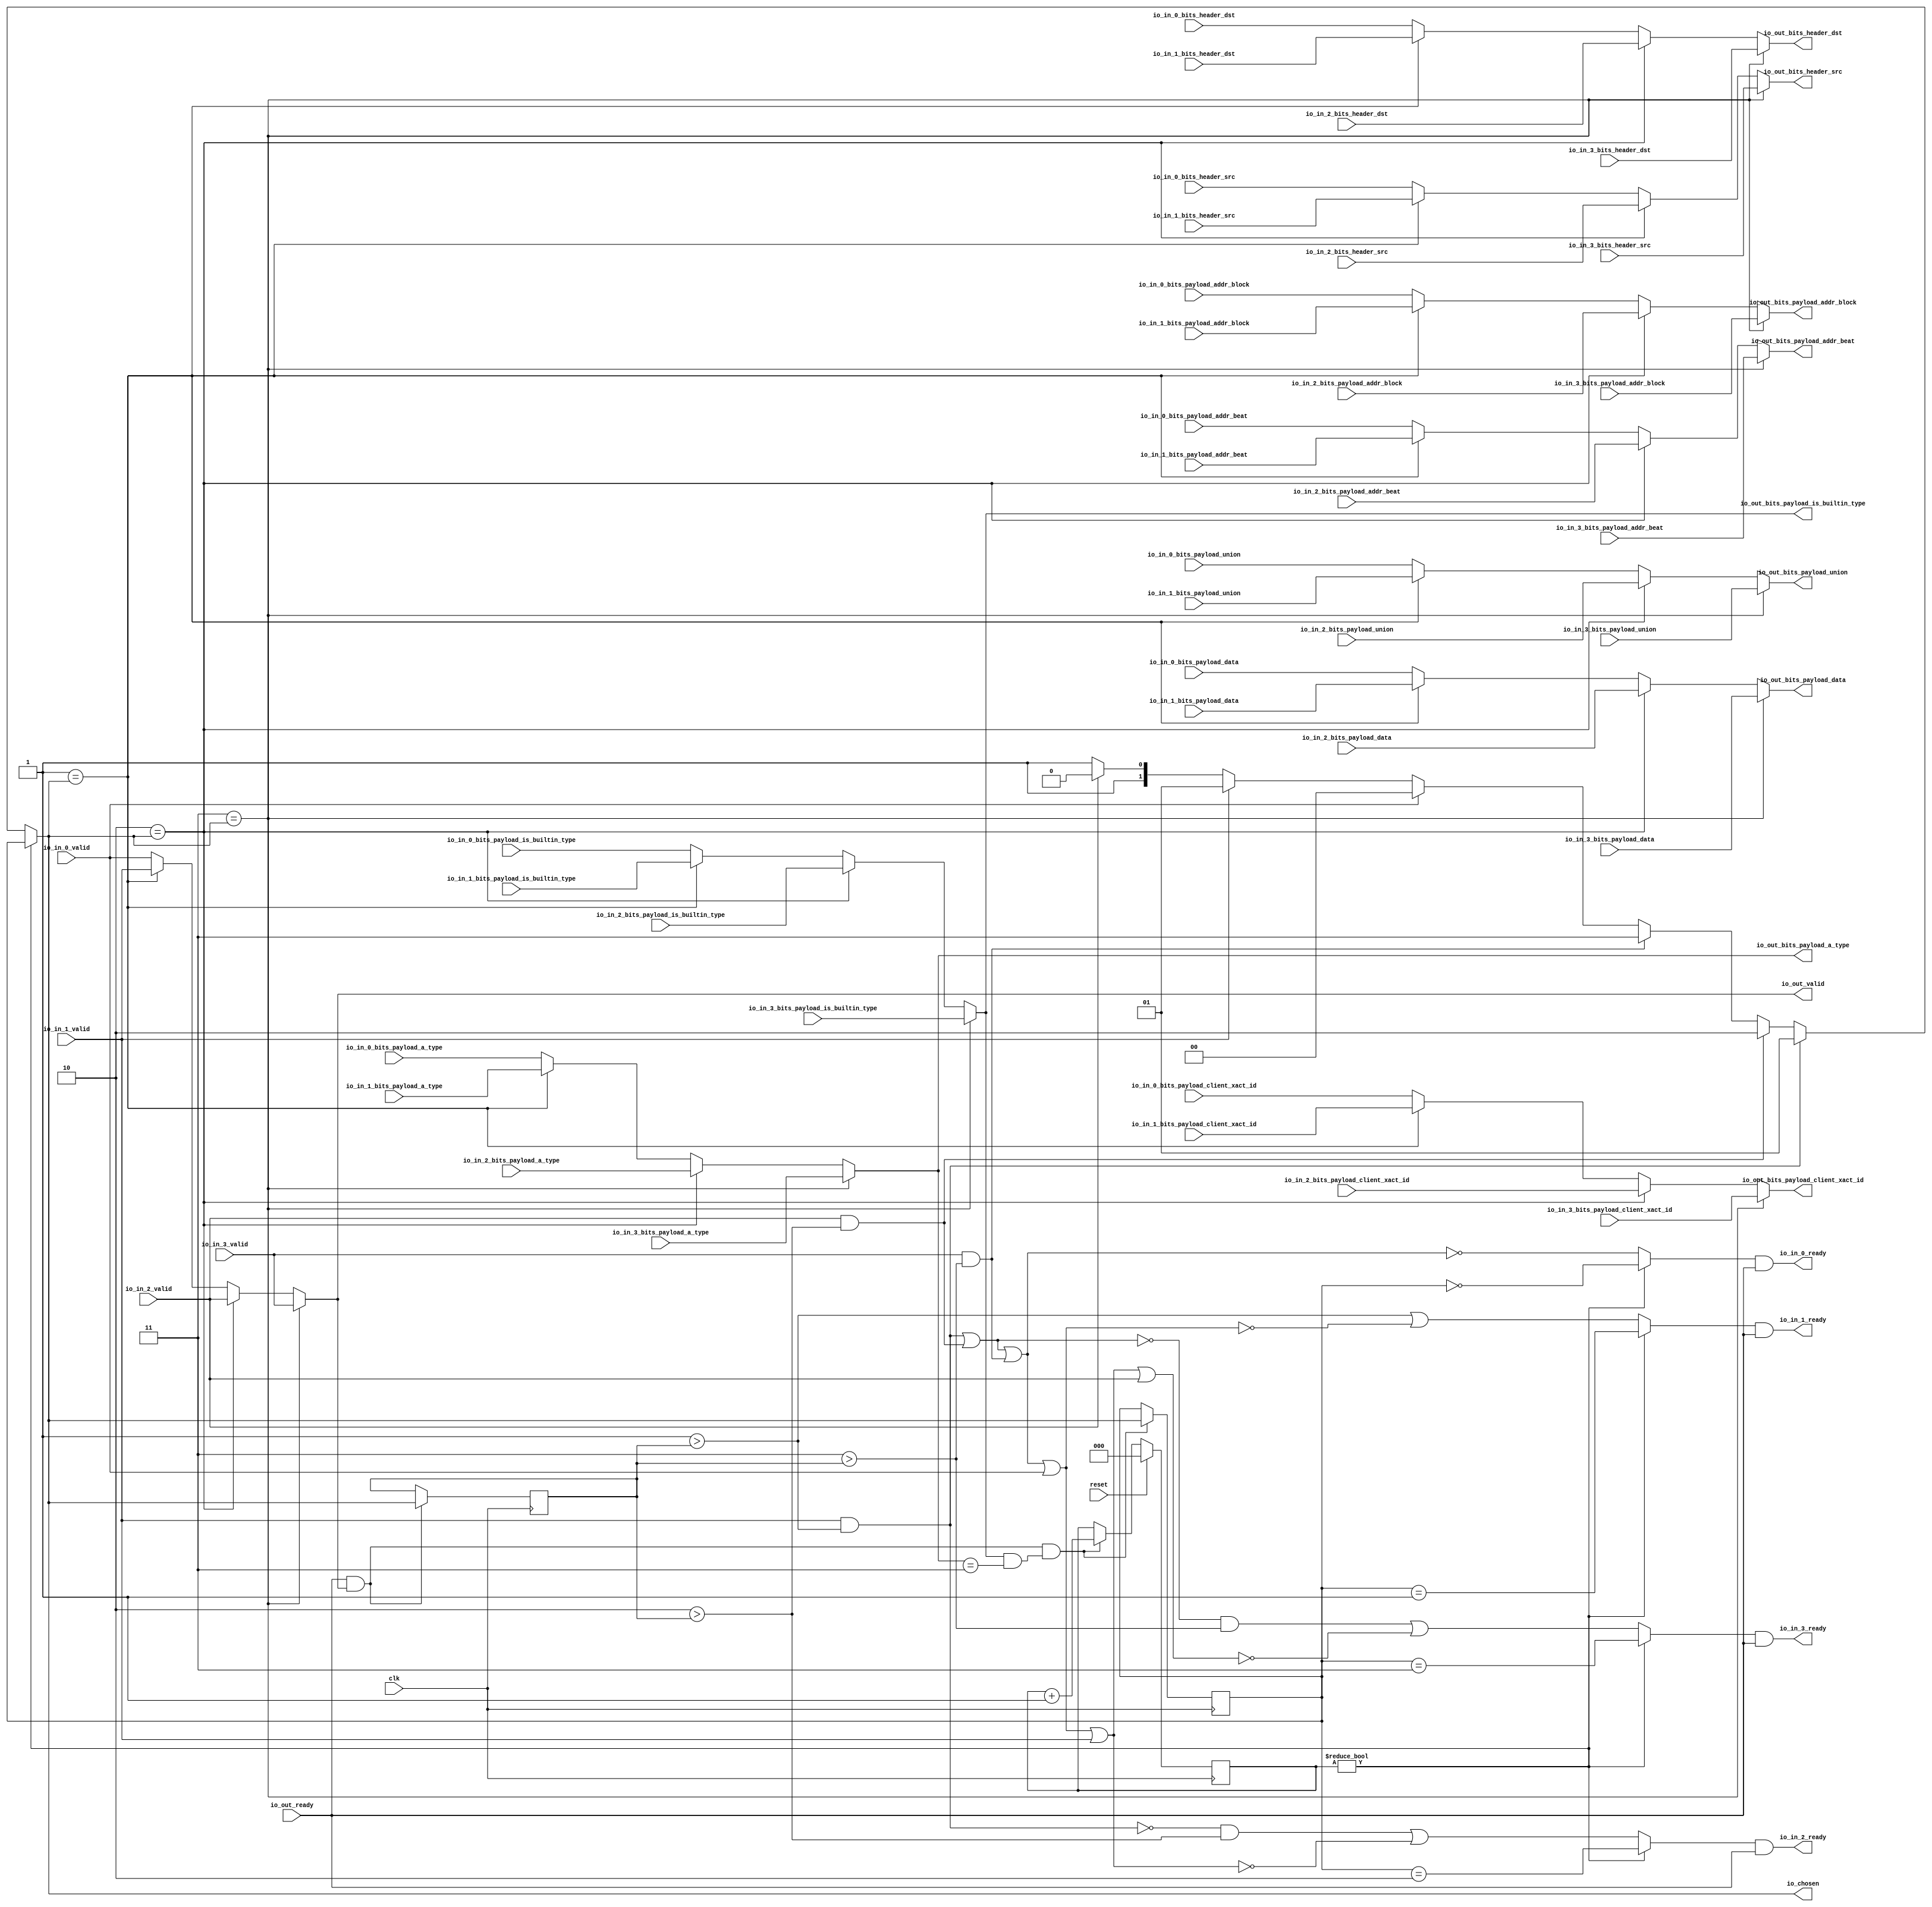
module LockingRRArbiter(
  input   clk,
  input   reset,
  output  io_in_0_ready,
  input   io_in_0_valid,
  input  [1:0] io_in_0_bits_header_src,
  input  [1:0] io_in_0_bits_header_dst,
  input  [25:0] io_in_0_bits_payload_addr_block,
  input   io_in_0_bits_payload_client_xact_id,
  input  [2:0] io_in_0_bits_payload_addr_beat,
  input   io_in_0_bits_payload_is_builtin_type,
  input  [2:0] io_in_0_bits_payload_a_type,
  input  [11:0] io_in_0_bits_payload_union,
  input  [63:0] io_in_0_bits_payload_data,
  output  io_in_1_ready,
  input   io_in_1_valid,
  input  [1:0] io_in_1_bits_header_src,
  input  [1:0] io_in_1_bits_header_dst,
  input  [25:0] io_in_1_bits_payload_addr_block,
  input   io_in_1_bits_payload_client_xact_id,
  input  [2:0] io_in_1_bits_payload_addr_beat,
  input   io_in_1_bits_payload_is_builtin_type,
  input  [2:0] io_in_1_bits_payload_a_type,
  input  [11:0] io_in_1_bits_payload_union,
  input  [63:0] io_in_1_bits_payload_data,
  output  io_in_2_ready,
  input   io_in_2_valid,
  input  [1:0] io_in_2_bits_header_src,
  input  [1:0] io_in_2_bits_header_dst,
  input  [25:0] io_in_2_bits_payload_addr_block,
  input   io_in_2_bits_payload_client_xact_id,
  input  [2:0] io_in_2_bits_payload_addr_beat,
  input   io_in_2_bits_payload_is_builtin_type,
  input  [2:0] io_in_2_bits_payload_a_type,
  input  [11:0] io_in_2_bits_payload_union,
  input  [63:0] io_in_2_bits_payload_data,
  output  io_in_3_ready,
  input   io_in_3_valid,
  input  [1:0] io_in_3_bits_header_src,
  input  [1:0] io_in_3_bits_header_dst,
  input  [25:0] io_in_3_bits_payload_addr_block,
  input   io_in_3_bits_payload_client_xact_id,
  input  [2:0] io_in_3_bits_payload_addr_beat,
  input   io_in_3_bits_payload_is_builtin_type,
  input  [2:0] io_in_3_bits_payload_a_type,
  input  [11:0] io_in_3_bits_payload_union,
  input  [63:0] io_in_3_bits_payload_data,
  input   io_out_ready,
  output  io_out_valid,
  output [1:0] io_out_bits_header_src,
  output [1:0] io_out_bits_header_dst,
  output [25:0] io_out_bits_payload_addr_block,
  output  io_out_bits_payload_client_xact_id,
  output [2:0] io_out_bits_payload_addr_beat,
  output  io_out_bits_payload_is_builtin_type,
  output [2:0] io_out_bits_payload_a_type,
  output [11:0] io_out_bits_payload_union,
  output [63:0] io_out_bits_payload_data,
  output [1:0] io_chosen
);
  wire [1:0] choice;
  wire  GEN_0;
  wire  GEN_10;
  wire  GEN_11;
  wire  GEN_12;
  wire [1:0] GEN_1;
  wire [1:0] GEN_13;
  wire [1:0] GEN_14;
  wire [1:0] GEN_15;
  wire [1:0] GEN_2;
  wire [1:0] GEN_16;
  wire [1:0] GEN_17;
  wire [1:0] GEN_18;
  wire [25:0] GEN_3;
  wire [25:0] GEN_19;
  wire [25:0] GEN_20;
  wire [25:0] GEN_21;
  wire  GEN_4;
  wire  GEN_22;
  wire  GEN_23;
  wire  GEN_24;
  wire [2:0] GEN_5;
  wire [2:0] GEN_25;
  wire [2:0] GEN_26;
  wire [2:0] GEN_27;
  wire  GEN_6;
  wire  GEN_28;
  wire  GEN_29;
  wire  GEN_30;
  wire [2:0] GEN_7;
  wire [2:0] GEN_31;
  wire [2:0] GEN_32;
  wire [2:0] GEN_33;
  wire [11:0] GEN_8;
  wire [11:0] GEN_34;
  wire [11:0] GEN_35;
  wire [11:0] GEN_36;
  wire [63:0] GEN_9;
  wire [63:0] GEN_37;
  wire [63:0] GEN_38;
  wire [63:0] GEN_39;
  reg [2:0] T_1134;
  reg [31:0] GEN_50;
  reg [1:0] T_1136;
  reg [31:0] GEN_51;
  wire  T_1138;
  wire [2:0] T_1147_0;
  wire  T_1149;
  wire  T_1150;
  wire  T_1151;
  wire  T_1152;
  wire [3:0] T_1156;
  wire [2:0] T_1157;
  wire [1:0] GEN_40;
  wire [2:0] GEN_41;
  wire [1:0] GEN_42;
  reg [1:0] lastGrant;
  reg [31:0] GEN_52;
  wire [1:0] GEN_43;
  wire  T_1162;
  wire  T_1164;
  wire  T_1166;
  wire  T_1168;
  wire  T_1169;
  wire  T_1170;
  wire  T_1173;
  wire  T_1174;
  wire  T_1175;
  wire  T_1176;
  wire  T_1177;
  wire  T_1181;
  wire  T_1183;
  wire  T_1185;
  wire  T_1187;
  wire  T_1189;
  wire  T_1191;
  wire  T_1195;
  wire  T_1196;
  wire  T_1197;
  wire  T_1198;
  wire  T_1199;
  wire  T_1201;
  wire  T_1202;
  wire  T_1203;
  wire  T_1205;
  wire  T_1206;
  wire  T_1207;
  wire  T_1209;
  wire  T_1210;
  wire  T_1211;
  wire  T_1213;
  wire  T_1214;
  wire  T_1215;
  wire [1:0] GEN_44;
  wire [1:0] GEN_45;
  wire [1:0] GEN_46;
  wire [1:0] GEN_47;
  wire [1:0] GEN_48;
  wire [1:0] GEN_49;
  assign io_in_0_ready = T_1203;
  assign io_in_1_ready = T_1207;
  assign io_in_2_ready = T_1211;
  assign io_in_3_ready = T_1215;
  assign io_out_valid = GEN_0;
  assign io_out_bits_header_src = GEN_1;
  assign io_out_bits_header_dst = GEN_2;
  assign io_out_bits_payload_addr_block = GEN_3;
  assign io_out_bits_payload_client_xact_id = GEN_4;
  assign io_out_bits_payload_addr_beat = GEN_5;
  assign io_out_bits_payload_is_builtin_type = GEN_6;
  assign io_out_bits_payload_a_type = GEN_7;
  assign io_out_bits_payload_union = GEN_8;
  assign io_out_bits_payload_data = GEN_9;
  assign io_chosen = GEN_42;
  assign choice = GEN_49;
  assign GEN_0 = GEN_12;
  assign GEN_10 = 2'h1 == io_chosen ? io_in_1_valid : io_in_0_valid;
  assign GEN_11 = 2'h2 == io_chosen ? io_in_2_valid : GEN_10;
  assign GEN_12 = 2'h3 == io_chosen ? io_in_3_valid : GEN_11;
  assign GEN_1 = GEN_15;
  assign GEN_13 = 2'h1 == io_chosen ? io_in_1_bits_header_src : io_in_0_bits_header_src;
  assign GEN_14 = 2'h2 == io_chosen ? io_in_2_bits_header_src : GEN_13;
  assign GEN_15 = 2'h3 == io_chosen ? io_in_3_bits_header_src : GEN_14;
  assign GEN_2 = GEN_18;
  assign GEN_16 = 2'h1 == io_chosen ? io_in_1_bits_header_dst : io_in_0_bits_header_dst;
  assign GEN_17 = 2'h2 == io_chosen ? io_in_2_bits_header_dst : GEN_16;
  assign GEN_18 = 2'h3 == io_chosen ? io_in_3_bits_header_dst : GEN_17;
  assign GEN_3 = GEN_21;
  assign GEN_19 = 2'h1 == io_chosen ? io_in_1_bits_payload_addr_block : io_in_0_bits_payload_addr_block;
  assign GEN_20 = 2'h2 == io_chosen ? io_in_2_bits_payload_addr_block : GEN_19;
  assign GEN_21 = 2'h3 == io_chosen ? io_in_3_bits_payload_addr_block : GEN_20;
  assign GEN_4 = GEN_24;
  assign GEN_22 = 2'h1 == io_chosen ? io_in_1_bits_payload_client_xact_id : io_in_0_bits_payload_client_xact_id;
  assign GEN_23 = 2'h2 == io_chosen ? io_in_2_bits_payload_client_xact_id : GEN_22;
  assign GEN_24 = 2'h3 == io_chosen ? io_in_3_bits_payload_client_xact_id : GEN_23;
  assign GEN_5 = GEN_27;
  assign GEN_25 = 2'h1 == io_chosen ? io_in_1_bits_payload_addr_beat : io_in_0_bits_payload_addr_beat;
  assign GEN_26 = 2'h2 == io_chosen ? io_in_2_bits_payload_addr_beat : GEN_25;
  assign GEN_27 = 2'h3 == io_chosen ? io_in_3_bits_payload_addr_beat : GEN_26;
  assign GEN_6 = GEN_30;
  assign GEN_28 = 2'h1 == io_chosen ? io_in_1_bits_payload_is_builtin_type : io_in_0_bits_payload_is_builtin_type;
  assign GEN_29 = 2'h2 == io_chosen ? io_in_2_bits_payload_is_builtin_type : GEN_28;
  assign GEN_30 = 2'h3 == io_chosen ? io_in_3_bits_payload_is_builtin_type : GEN_29;
  assign GEN_7 = GEN_33;
  assign GEN_31 = 2'h1 == io_chosen ? io_in_1_bits_payload_a_type : io_in_0_bits_payload_a_type;
  assign GEN_32 = 2'h2 == io_chosen ? io_in_2_bits_payload_a_type : GEN_31;
  assign GEN_33 = 2'h3 == io_chosen ? io_in_3_bits_payload_a_type : GEN_32;
  assign GEN_8 = GEN_36;
  assign GEN_34 = 2'h1 == io_chosen ? io_in_1_bits_payload_union : io_in_0_bits_payload_union;
  assign GEN_35 = 2'h2 == io_chosen ? io_in_2_bits_payload_union : GEN_34;
  assign GEN_36 = 2'h3 == io_chosen ? io_in_3_bits_payload_union : GEN_35;
  assign GEN_9 = GEN_39;
  assign GEN_37 = 2'h1 == io_chosen ? io_in_1_bits_payload_data : io_in_0_bits_payload_data;
  assign GEN_38 = 2'h2 == io_chosen ? io_in_2_bits_payload_data : GEN_37;
  assign GEN_39 = 2'h3 == io_chosen ? io_in_3_bits_payload_data : GEN_38;
  assign T_1138 = T_1134 != 3'h0;
  assign T_1147_0 = 3'h3;
  assign T_1149 = io_out_bits_payload_a_type == T_1147_0;
  assign T_1150 = io_out_bits_payload_is_builtin_type & T_1149;
  assign T_1151 = io_out_ready & io_out_valid;
  assign T_1152 = T_1151 & T_1150;
  assign T_1156 = T_1134 + 3'h1;
  assign T_1157 = T_1156[2:0];
  assign GEN_40 = T_1152 ? io_chosen : T_1136;
  assign GEN_41 = T_1152 ? T_1157 : T_1134;
  assign GEN_42 = T_1138 ? T_1136 : choice;
  assign GEN_43 = T_1151 ? io_chosen : lastGrant;
  assign T_1162 = 2'h1 > lastGrant;
  assign T_1164 = 2'h2 > lastGrant;
  assign T_1166 = 2'h3 > lastGrant;
  assign T_1168 = io_in_1_valid & T_1162;
  assign T_1169 = io_in_2_valid & T_1164;
  assign T_1170 = io_in_3_valid & T_1166;
  assign T_1173 = T_1168 | T_1169;
  assign T_1174 = T_1173 | T_1170;
  assign T_1175 = T_1174 | io_in_0_valid;
  assign T_1176 = T_1175 | io_in_1_valid;
  assign T_1177 = T_1176 | io_in_2_valid;
  assign T_1181 = T_1168 == 1'h0;
  assign T_1183 = T_1173 == 1'h0;
  assign T_1185 = T_1174 == 1'h0;
  assign T_1187 = T_1175 == 1'h0;
  assign T_1189 = T_1176 == 1'h0;
  assign T_1191 = T_1177 == 1'h0;
  assign T_1195 = T_1162 | T_1187;
  assign T_1196 = T_1181 & T_1164;
  assign T_1197 = T_1196 | T_1189;
  assign T_1198 = T_1183 & T_1166;
  assign T_1199 = T_1198 | T_1191;
  assign T_1201 = T_1136 == 2'h0;
  assign T_1202 = T_1138 ? T_1201 : T_1185;
  assign T_1203 = T_1202 & io_out_ready;
  assign T_1205 = T_1136 == 2'h1;
  assign T_1206 = T_1138 ? T_1205 : T_1195;
  assign T_1207 = T_1206 & io_out_ready;
  assign T_1209 = T_1136 == 2'h2;
  assign T_1210 = T_1138 ? T_1209 : T_1197;
  assign T_1211 = T_1210 & io_out_ready;
  assign T_1213 = T_1136 == 2'h3;
  assign T_1214 = T_1138 ? T_1213 : T_1199;
  assign T_1215 = T_1214 & io_out_ready;
  assign GEN_44 = io_in_2_valid ? 2'h2 : 2'h3;
  assign GEN_45 = io_in_1_valid ? 2'h1 : GEN_44;
  assign GEN_46 = io_in_0_valid ? 2'h0 : GEN_45;
  assign GEN_47 = T_1170 ? 2'h3 : GEN_46;
  assign GEN_48 = T_1169 ? 2'h2 : GEN_47;
  assign GEN_49 = T_1168 ? 2'h1 : GEN_48;
`ifdef RANDOMIZE
  integer initvar;
  initial begin
    `ifndef verilator
      #0.002;
    `endif
  `ifdef RANDOMIZE
  GEN_50 = {1{$random}};
  T_1134 = GEN_50[2:0];
  `endif
  `ifdef RANDOMIZE
  GEN_51 = {1{$random}};
  T_1136 = GEN_51[1:0];
  `endif
  `ifdef RANDOMIZE
  GEN_52 = {1{$random}};
  lastGrant = GEN_52[1:0];
  `endif
  end
`endif
  always @(posedge clk) begin
    if(reset) begin
      T_1134 <= 3'h0;
    end else begin
      if(T_1152) begin
        T_1134 <= T_1157;
      end
    end
    if(1'h0) begin
    end else begin
      if(T_1152) begin
        T_1136 <= io_chosen;
      end
    end
    if(1'h0) begin
    end else begin
      if(T_1151) begin
        lastGrant <= io_chosen;
      end
    end
  end
endmodule